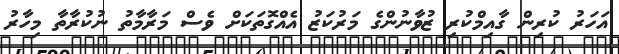
އަހަރު ކުރިން ގާއިމްކުރި ޒުވާނުންގެ މަރުކަޒު އެއްގޮތަކަށް ވެސް މަރާމާތު ނުކުރާތާ މިހާރު